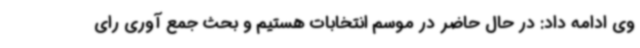
وی ادامه داد: در حال حاضر در موسم انتخابات هستیم و بحث جمع آوری رای